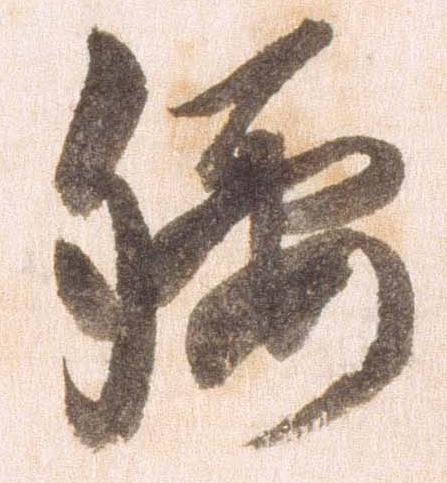
腰